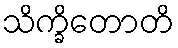
သိက္ခိတောတိ